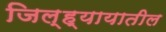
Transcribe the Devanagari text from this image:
जिल्ह्यायातील